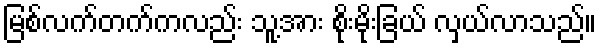
မြစ်လက်တက်ကလည်း သူ့အား စိုးမိုးခြယ် လှယ်လာသည်။